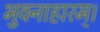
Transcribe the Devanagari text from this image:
भुवनाहारम्‌।